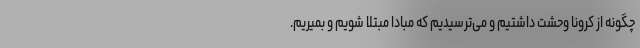
چگونه از کرونا وحشت داشتیم و می‌ترسیدیم که مبادا مبتلا شویم و بمیریم.